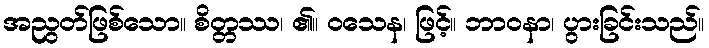
အညွတ်ဖြစ်သော။ စိတ္တဿ၊ ၏။ ဝသေန၊ ဖြင့်။ ဘာဝနာ၊ ပွားခြင်းသည်။